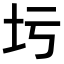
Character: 圬